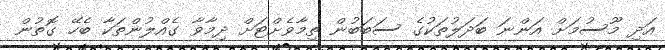
އަދި މޫސުމަށް އަންނަ ބަދަލުތަކުގެ ސަބަބުން ތިމާވެށްޓަށް ދިމާވާ ގެއްލުންތަކާ ބެހޭ ގޮތުން